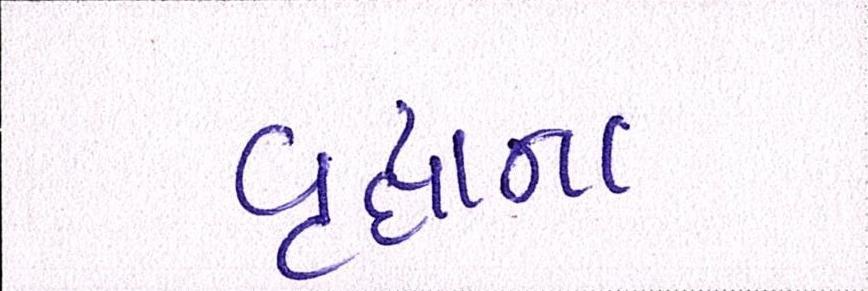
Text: વૃદ્ધાના